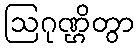
ဩဂုဏ္ဌိတွာ